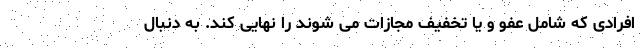
افرادی که شامل عفو و یا تخفیف مجازات می شوند را نهایی کند. به دنبال